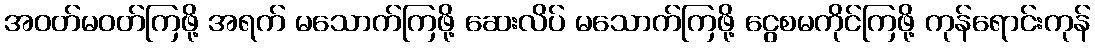
အဝတ်မဝတ်ကြဖို့ အရက် မသောက်ကြဖို့ ဆေးလိပ် မသောက်ကြဖို့ ငွေစမကိုင်ကြဖို့ ကုန်ရောင်းကုန်